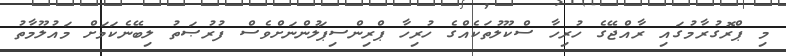
މި ޕްރޮގުރާމުގައި ރާއްޖޭގެ ހުރިހާ ސްކޫލުތަކެއްގެ ހުރިހާ ޕްރިންސިޕަލުންނަށްވެސް ފުރުޞަތު ލިބޭނެކަމަށް މައުލޫމާތު